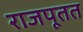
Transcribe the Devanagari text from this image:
राजपूतत